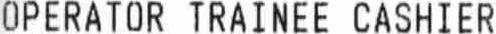
OPERATOR TRAINEE CASHIER